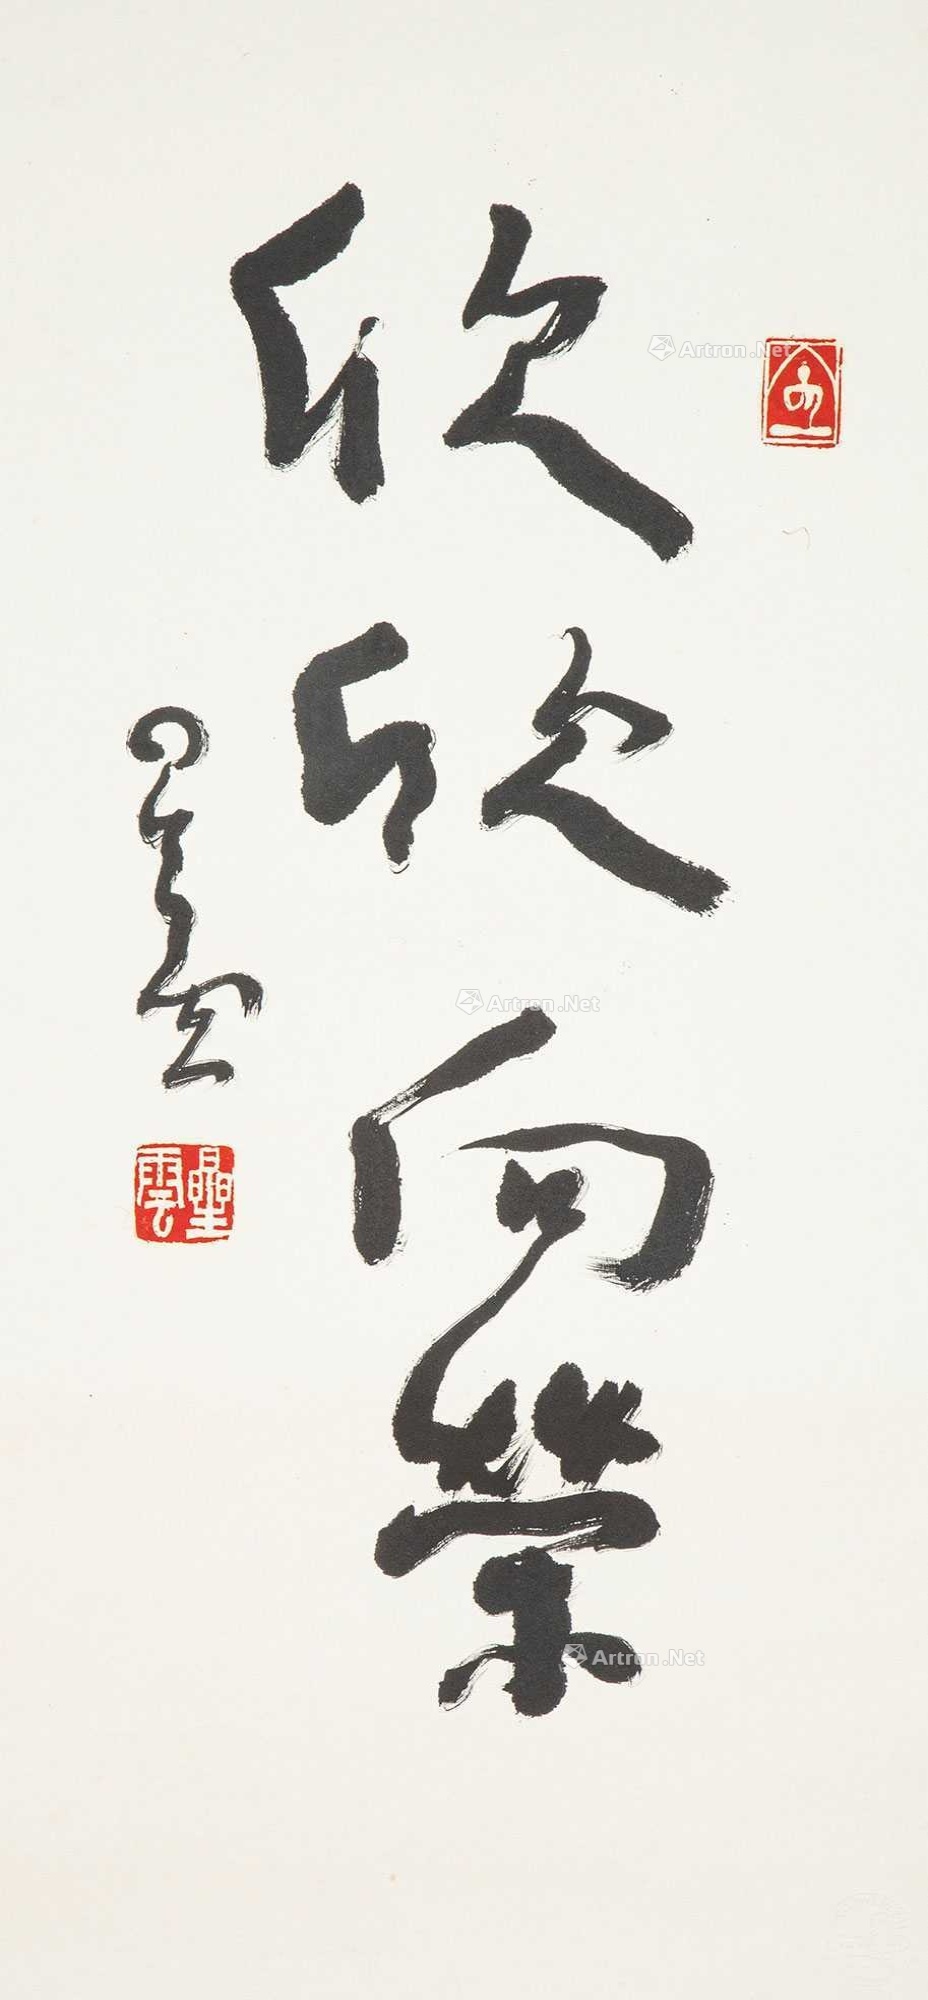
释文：欣欣向荣。星云。